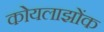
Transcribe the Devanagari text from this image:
कोयलाझोंक